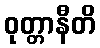
ဝုတ္တာနီတိ